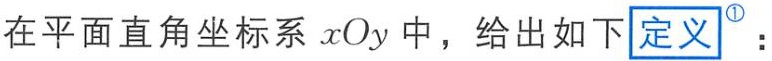
在平面直角坐标系 \(xOy\) 中，给出如下\(\boxed{\text{定义}^{\circled{1}}}\)：